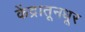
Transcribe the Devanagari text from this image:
केंद्रातूनधूर